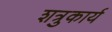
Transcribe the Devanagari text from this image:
शत्रुकार्य